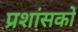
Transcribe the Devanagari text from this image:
प्रशांसकों